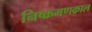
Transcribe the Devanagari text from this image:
निष्क्रमणकाल